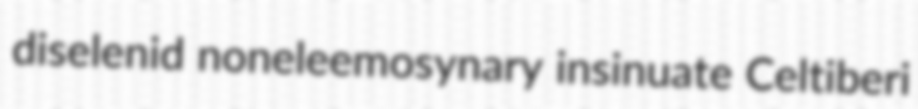
diselenid noneleemosynary insinuate Celtiberi